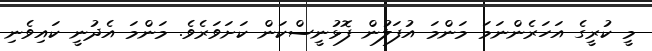
މީ ކުރީގެ އަހަރެންނަމަ މަންމަ އުފަލުން ފޮޅުނީސްކަން ކަށަވަރެވެ. މަންމަ އެދުނީ ކައިވެނި